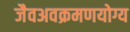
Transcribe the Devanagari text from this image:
जैवअवक्रमणयोग्य